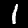
Digit: 1